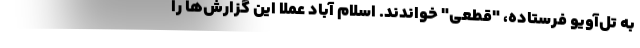
به تل‌آویو فرستاده، "قطعی" خواندند. اسلام آباد عملا این گزارش‌ها را